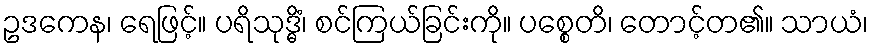
ဥဒကေန၊ ရေဖြင့်။ ပရိသုဒ္ဓိံ၊ စင်ကြယ်ခြင်းကို။ ပစ္စေတိ၊ တောင့်တ၏။ သာယံ၊